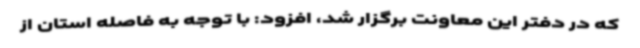
که در دفتر این معاونت برگزار شد، افزود: با توجه به فاصله استان از